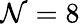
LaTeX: \mathcal{N}=8